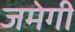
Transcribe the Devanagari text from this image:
जमेगी